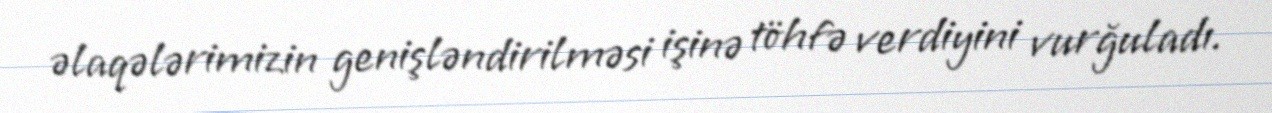
əlaqələrimizin genişləndirilməsi işinə töhfə verdiyini vurğuladı.